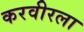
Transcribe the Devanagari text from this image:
करवीरला